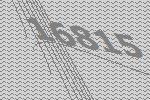
16815